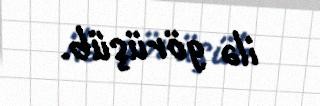
ilə görüşüb.